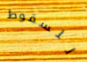
للسقوط